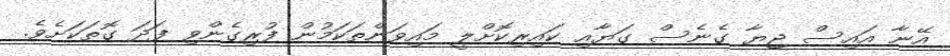
އޭނާ އައިސް ޖިޔާ ގެނެސް ގަޔާއި ކައިރިކޮށްލީ މައިވަންތަކަމުން ފުރިގެންވި ފަދަ ގޮތަކަށެވެ.